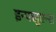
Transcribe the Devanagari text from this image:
इन्फ्लुएन्स